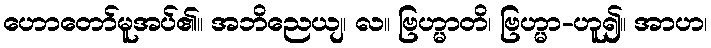
ဟောတော်မူအပ်၏။ အဘိညေယျ၊ လ။ ဗြဟ္မာတိ၊ ဗြဟ္မာ-ဟူ၍။ အာဟ၊